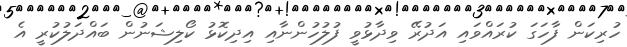
ހުރިކަން ފާހަގަ ކުރައްވައި އަދުރޭ ވިދާޅުވީ ފުލުހުންނާއި އިދިކޮޅު ކޯލިޝަނުން ބައްދަލުކުރީ އެ